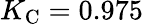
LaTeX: K_{\mathrm{C}}=0.975